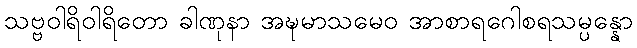
သဗ္ဗဝါရိဝါရိတော ခါဏုနာ အဍ္ဎမာသမေဝ အာစာရဂေါစရသမ္ပန္နော